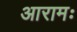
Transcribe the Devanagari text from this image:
आरामः